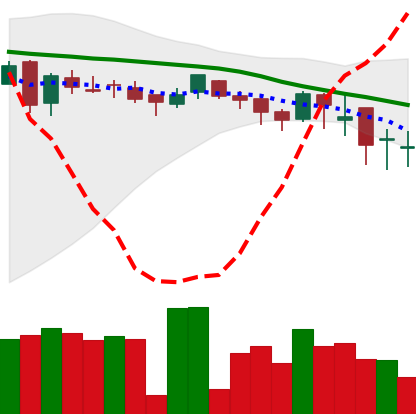
Ticker: DOGE-USD
Chart end date: 2018-05-13
Forward return: -7.207%
Label: down_7plus